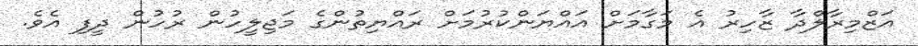
އަޒްމިރާލްދާ ޒާހިރު އެ މަގާމަށް އައްޔަންކުރުމަށް ރައްޔިތުންގެ މަޖިލީހުން ރުހުން ދީފި އެވެ.